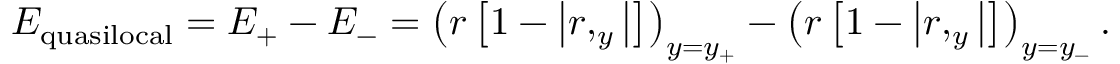
E _ { \mathrm { q u a s i l o c a l } } = E _ { + } - E _ { - } = \left( r \left[ 1 - \left| r , _ { y } \right| \right] \right) _ { y = y _ { + } } - \left( r \left[ 1 - \left| r , _ { y } \right| \right] \right) _ { y = y _ { - } } .